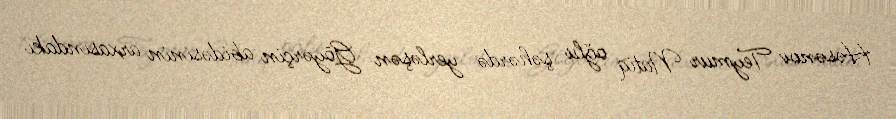
Həsənov Teymur Natiq oğlu şəhərdə yerləşən Göyərçin abidəsinin arxasındakı